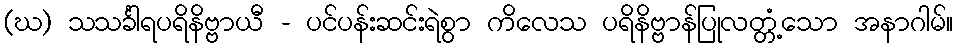
(ဃ) သသင်္ခါရပရိနိဗ္ဗာယီ - ပင်ပန်းဆင်းရဲစွာ ကိလေသ ပရိနိဗ္ဗာန်ပြုလတ္တံ့သော အနာဂါမ်။